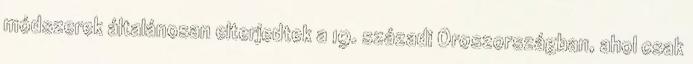
módszerek általánosan elterjedtek a 19. századi Oroszországban, ahol csak